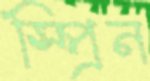
স্প্রিন